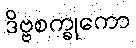
ဒိဗ္ဗစက္ခုကော